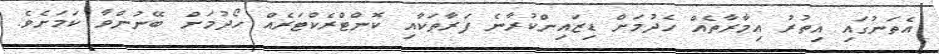
އެތަނުގައި އިތުރު އިމާރާތެއް ހެދުމަށް ޑިޒައިންކުރާނެ ފަރާތަކާއި ކޮންޓްރެކްޓަރެއް ހޯދުމަށް ބޭނުންވާ ކަމަށެވެ.